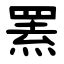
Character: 罴